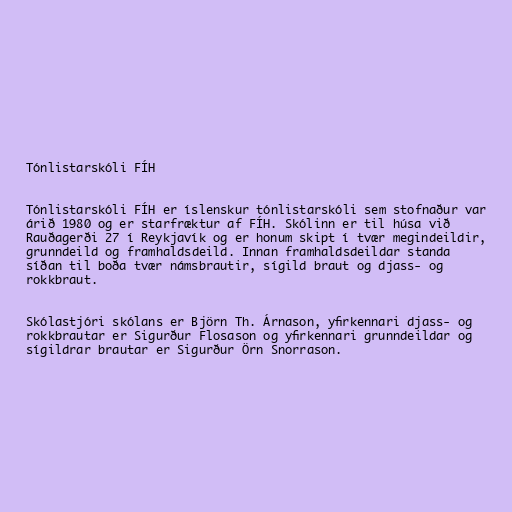
Tónlistarskóli FÍH

Tónlistarskóli FÍH er íslenskur tónlistarskóli sem stofnaður var
árið 1980 og er starfræktur af FÍH. Skólinn er til húsa við
Rauðagerði 27 í Reykjavík og er honum skipt í tvær megindeildir,
grunndeild og framhaldsdeild. Innan framhaldsdeildar standa
síðan til boða tvær námsbrautir, sígild braut og djass- og
rokkbraut.

Skólastjóri skólans er Björn Th. Árnason, yfirkennari djass- og
rokkbrautar er Sigurður Flosason og yfirkennari grunndeildar og
sígildrar brautar er Sigurður Örn Snorrason.